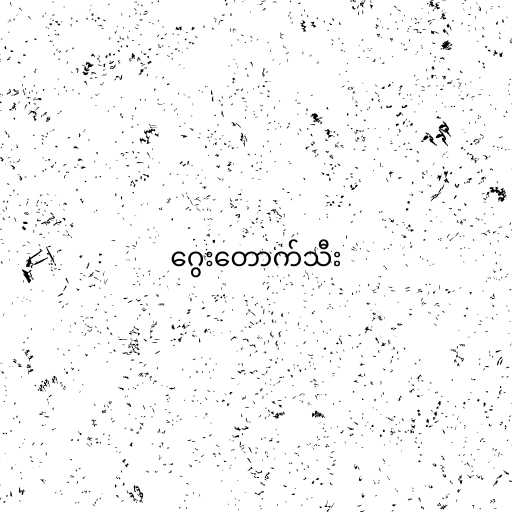
ဂွေးတောက်သီး